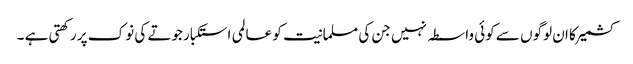
کشمیر کا ان لوگوں سے کوئی واسطہ نہیں جن کی مسلمانیت کو عالمی استکبار جوتے کی نوک پر رکھتی ہے ۔